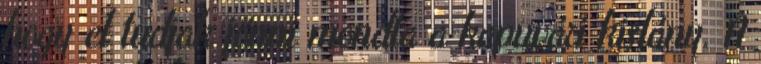
hogy el tudjak jönni mondta a kapuvári kislány. A